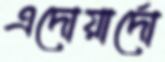
এদোয়ার্দো